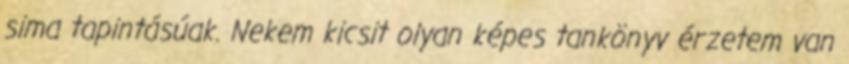
sima tapintásúak. Nekem kicsit olyan képes tankönyv érzetem van